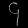
Digit: ၄